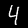
Label: 4